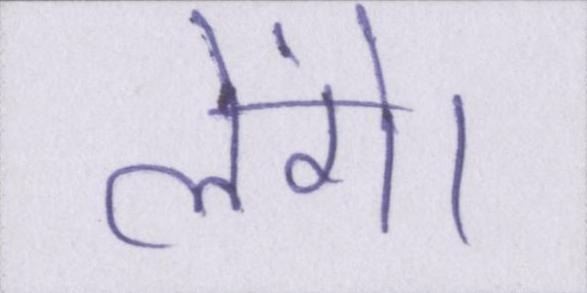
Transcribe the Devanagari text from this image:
लेंगे।